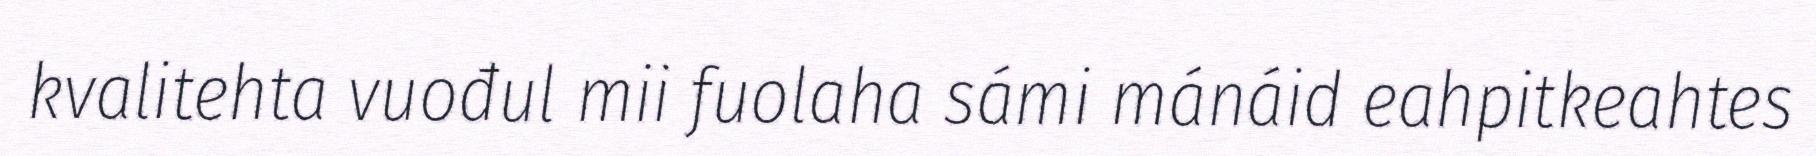
kvalitehta vuođul mii fuolaha sámi mánáid eahpitkeahtes